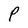
Character: P